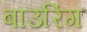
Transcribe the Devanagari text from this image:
बाउरिंग